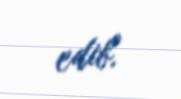
edib.